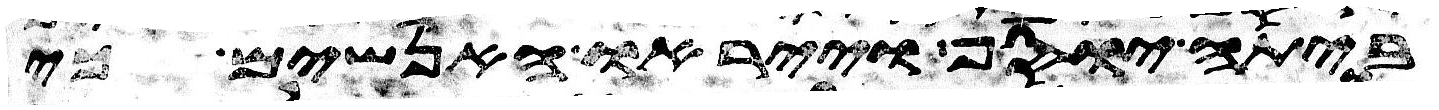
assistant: ביתה יוסף וייראו האנשים כי